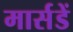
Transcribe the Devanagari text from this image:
मार्सडें